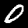
Label: 0